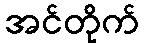
အင်တိုက်